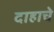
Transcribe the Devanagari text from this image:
दाहाचे